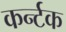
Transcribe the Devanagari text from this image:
कर्न्टक